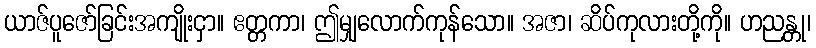
ယာဇ်ပူဇော်ခြင်းအကျိုးငှာ။ ဧတ္တကာ၊ ဤမျှလောက်ကုန်သော။ အဇာ၊ ဆိပ်ကုလားတို့ကို။ ဟညန္တု၊